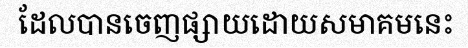
ដែលបានចេញផ្សាយដោយសមាគមនេះ